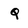
Character: Q